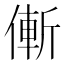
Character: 𠌲